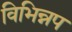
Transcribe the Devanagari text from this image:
विभिन्नप